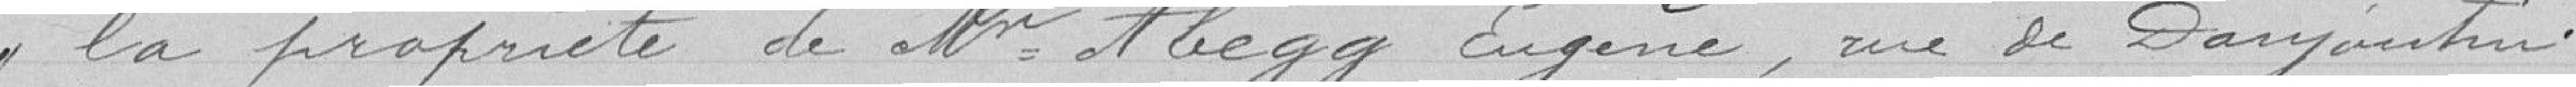
la propriété de Monsieur Hegg Eugène, rue de Danjoutin.